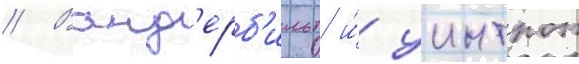
// Ванд'ерб'ильт и́ уинтроп